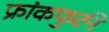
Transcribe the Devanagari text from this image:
फ्रांकफुर्टने